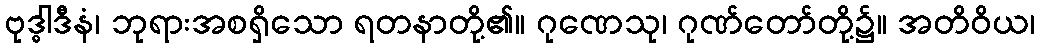
ဗုဒ္ဓါဒီနံ၊ ဘုရားအစရှိသော ရတနာတို့၏။ ဂုဏေသု၊ ဂုဏ်တော်တို့၌။ အတိဝိယ၊